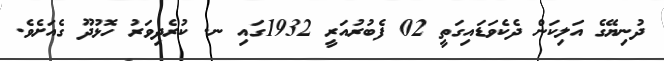
ދުނިޔޭގެ އަލިކަން ދެކެވަޑައިގަތީ 02 ފެބުރުއަރީ 1932ގައި ނ. ކުރެދިވަރު ހޮޅުދޫ ގެއަށެވެ.